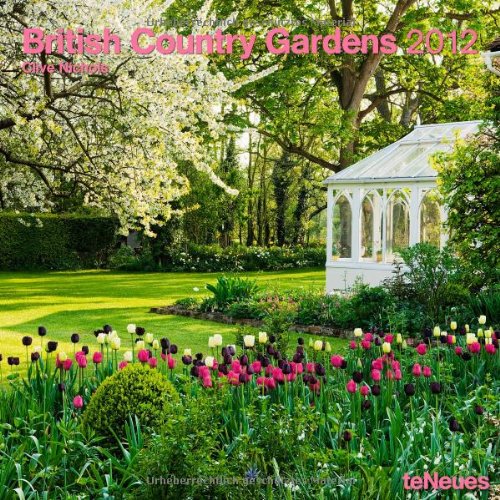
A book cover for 2012 British Country Gardens Wall Calendar (English, German, French, Italian, Spanish and Dutch Edition); Not Available (NA); Calendars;